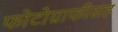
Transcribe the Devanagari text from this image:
फोटोग्राफीसह